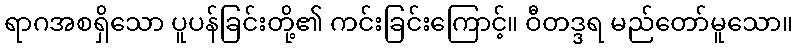
ရာဂအစရှိသော ပူပန်ခြင်းတို့၏ ကင်းခြင်းကြောင့်။ ဝီတဒ္ဒရ မည်တော်မူသော။